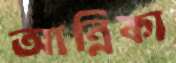
আন্নিকা